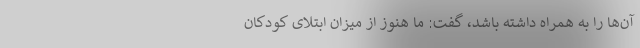
آن‌ها را به همراه داشته باشد، گفت: ما هنوز از میزان ابتلای کودکان